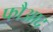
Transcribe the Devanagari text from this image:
फौआद